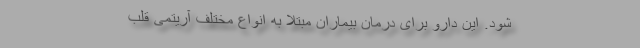
شود. این دارو برای درمان بیماران مبتلا به انواع مختلف آریتمی قلب